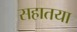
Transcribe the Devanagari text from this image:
सहातया